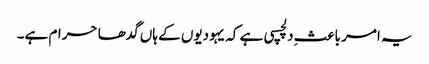
یہ امر باعثِ دلچسپی ہے کہ یہودیوں کے ہاں گدھا حرام ہے۔